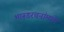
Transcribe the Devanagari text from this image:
भारूडरचनांमध्ये